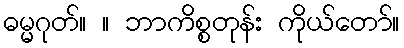
ဓမ္မဂုတ်။ ။ ဘာကိစ္စတုန်း ကိုယ်တော်။